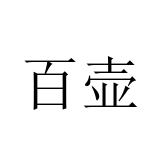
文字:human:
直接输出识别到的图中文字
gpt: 百壶